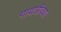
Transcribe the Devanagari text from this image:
गायत्रीच्या